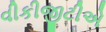
વીકીજીટીએ